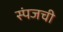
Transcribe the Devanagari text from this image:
स्पंजची